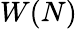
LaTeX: W(N)